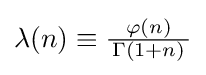
{\textstyle \lambda (n)\equiv {\frac {\varphi (n)}{\,\Gamma (1+n)\,}}}